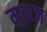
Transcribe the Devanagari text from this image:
मुद्राज